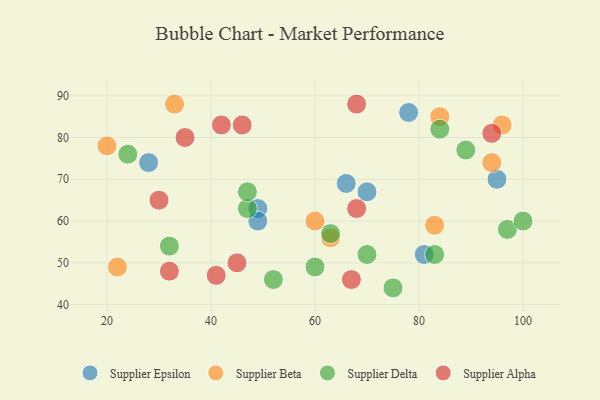
{"axis": {"x": "GDP", "y": "Life Expectancy"}, "legend": ["Supplier Alpha", "Supplier Beta", "Supplier Delta", "Supplier Epsilon"], "data": [{"x": "49", "y": 63, "type": "Supplier Epsilon"}, {"x": "49", "y": 60, "type": "Supplier Epsilon"}, {"x": "66", "y": 69, "type": "Supplier Epsilon"}, {"x": "70", "y": 67, "type": "Supplier Epsilon"}, {"x": "78", "y": 86, "type": "Supplier Epsilon"}, {"x": "81", "y": 52, "type": "Supplier Epsilon"}, {"x": "95", "y": 70, "type": "Supplier Epsilon"}, {"x": "28", "y": 74, "type": "Supplier Epsilon"}, {"x": "20", "y": 78, "type": "Supplier Beta"}, {"x": "63", "y": 56, "type": "Supplier Beta"}, {"x": "60", "y": 60, "type": "Supplier Beta"}, {"x": "94", "y": 74, "type": "Supplier Beta"}, {"x": "96", "y": 83, "type": "Supplier Beta"}, {"x": "84", "y": 85, "type": "Supplier Beta"}, {"x": "83", "y": 59, "type": "Supplier Beta"}, {"x": "22", "y": 49, "type": "Supplier Beta"}, {"x": "33", "y": 88, "type": "Supplier Beta"}, {"x": "97", "y": 58, "type": "Supplier Delta"}, {"x": "63", "y": 57, "type": "Supplier Delta"}, {"x": "60", "y": 49, "type": "Supplier Delta"}, {"x": "32", "y": 54, "type": "Supplier Delta"}, {"x": "24", "y": 76, "type": "Supplier Delta"}, {"x": "89", "y": 77, "type": "Supplier Delta"}, {"x": "75", "y": 44, "type": "Supplier Delta"}, {"x": "100", "y": 60, "type": "Supplier Delta"}, {"x": "70", "y": 52, "type": "Supplier Delta"}, {"x": "47", "y": 63, "type": "Supplier Delta"}, {"x": "52", "y": 46, "type": "Supplier Delta"}, {"x": "83", "y": 52, "type": "Supplier Delta"}, {"x": "47", "y": 67, "type": "Supplier Delta"}, {"x": "84", "y": 82, "type": "Supplier Delta"}, {"x": "30", "y": 65, "type": "Supplier Alpha"}, {"x": "68", "y": 88, "type": "Supplier Alpha"}, {"x": "32", "y": 48, "type": "Supplier Alpha"}, {"x": "35", "y": 80, "type": "Supplier Alpha"}, {"x": "67", "y": 46, "type": "Supplier Alpha"}, {"x": "45", "y": 50, "type": "Supplier Alpha"}, {"x": "41", "y": 47, "type": "Supplier Alpha"}, {"x": "46", "y": 83, "type": "Supplier Alpha"}, {"x": "42", "y": 83, "type": "Supplier Alpha"}, {"x": "94", "y": 81, "type": "Supplier Alpha"}, {"x": "68", "y": 63, "type": "Supplier Alpha"}]}